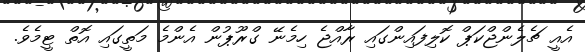
އެއީ ޗެލެންޖްކަޕް ކޮލިފައިންގައި ރާއްޖެ ހިމެނޭ ގްރޫޕުން އެންމެ މަތީގައި އޮތް ޓީމެވެ.